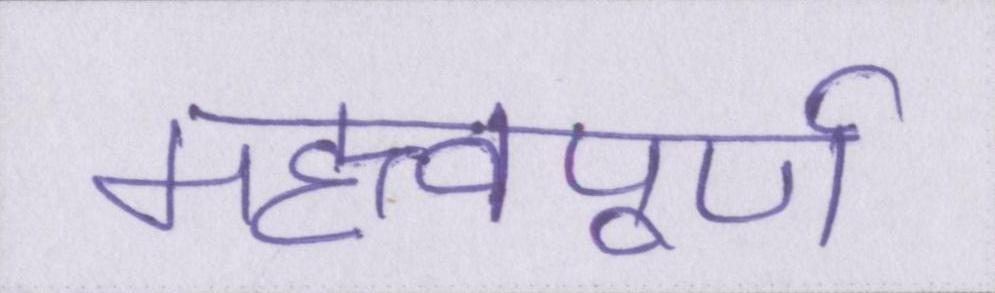
महत्त्वपूर्ण